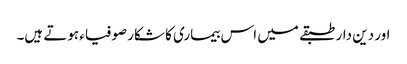
اور دین دار طبقے میں اس بیماری کا شکار صوفیاء ہوتے ہیں۔